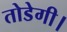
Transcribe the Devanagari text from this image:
तोडेगी।